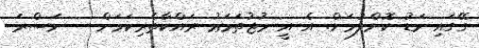
ގޭގައި މަޑު ކޮށްލުމަށް. އެ އީ މުޖުތަމަޢު ރައްކާތެރިކަމަށް   ނަސްރަ